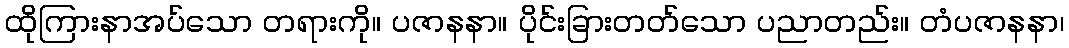
ထိုကြားနာအပ်သော တရားကို။ ပဇာနနာ။ ပိုင်းခြားတတ်သော ပညာတည်း။ တံပဇာနနာ၊